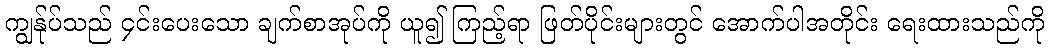
ကျွန်ုပ်သည် ၄င်းပေးသော ချက်စာအုပ်ကို ယူ၍ ကြည့်ရာ ဖြတ်ပိုင်းများတွင် အောက်ပါအတိုင်း ရေးထားသည်ကို